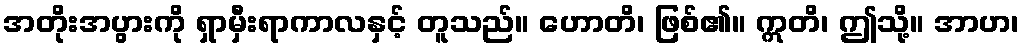
အတိုးအပွားကို ရှာမှီးရာကာလနှင့် တူသည်။ ဟောတိ၊ ဖြစ်၏။ ဣတိ၊ ဤသို့။ အာဟ၊